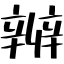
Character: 辨